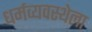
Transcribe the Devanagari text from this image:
धर्मव्यवस्थेला